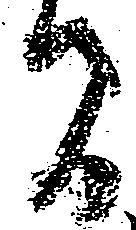
間